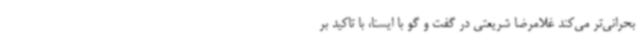
بحرانی‌تر می‌کند غلامرضا شریعتی در گفت و گو با ایسنا، با تاکید بر